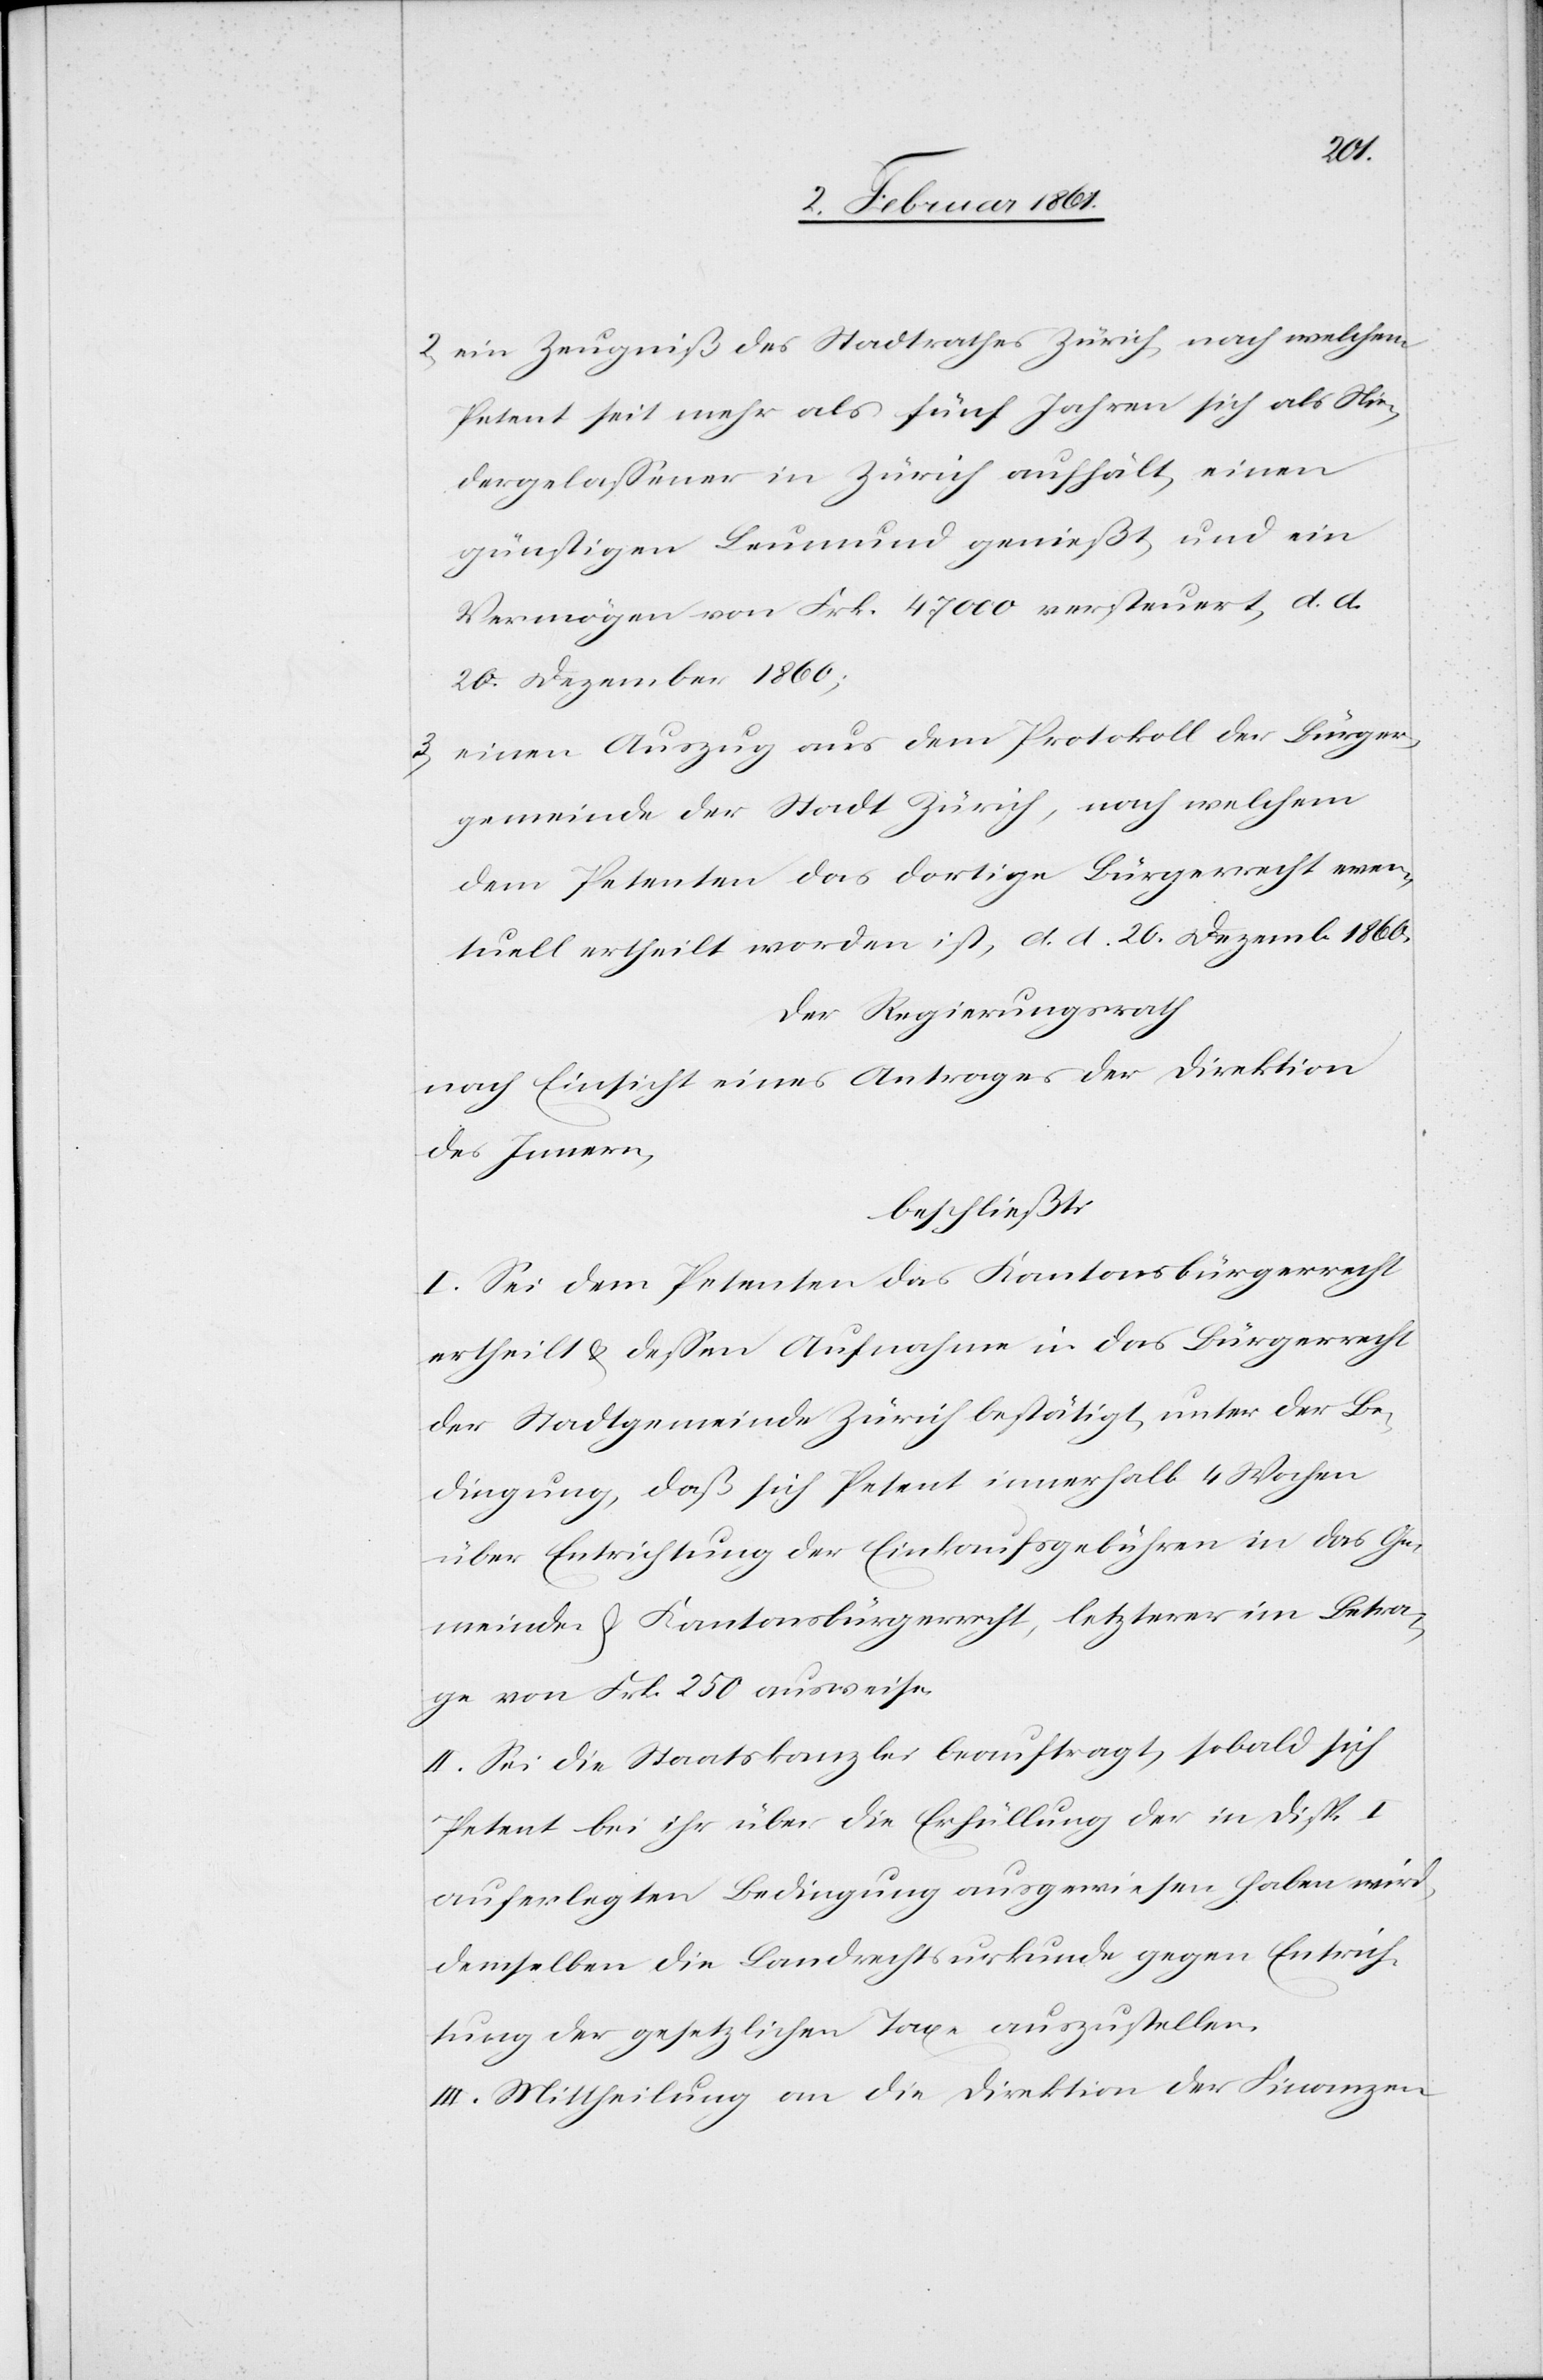
2) ein Zeugniß des Stadtrathes Zürich, nach welchem
Petent seit mehr als fünf Jahren sich als Nie¬
dergelassener in Zürich aufhält, einen
günstigen Leumund genießt, und ein
Vermögen von Frk. 47 000 versteuert, d. d.
20. Dezember 1860;
einen Auszug aus dem Protokoll der Bürger¬
gemeinde der Stadt Zürich, nach welchem
dem Petenten das dortige Bürgerrecht even¬
tuell ertheilt worden ist, d. d. 20. Dezemb. 1860;
Der Regierungsrath
nach Einsicht eines Antrages der Direktion
des Innern,
beschließt:
I. Sei dem Petenten das Kantonsbürgerrecht
ertheilt u. dessen Aufnahme in das Bürgerrecht
der Stadtgemeinde Zürich bestätigt, unter der Be¬
dingung, daß sich Petent innerhalb 4 Wochen
über Entrichtung der Einkaufsgebühren in das Ge¬
meinds- u. Kantonsbürgerrecht, letzterer im Betra¬
ge von Frk. 250 ausweise.
II. Sei die Staatskanzlei beauftragt, sobald sich
Petent bei ihr über die Erfüllung der in Disp. I
auferlegten Bedingung ausgewiesen haben wird,
demselben die Landrechtsurkunde gegen Entrich¬
tung der gesetzlichen Taxe auszustellen.
III. Mittheilung an die Direktion der Finanzen